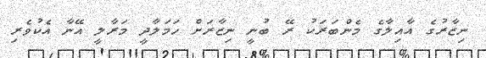
ނިޒާރުގެ އާއިލާގެ މެންބަރަކު ރޭ ބުނީ ނިޒާރަށް ހަމަލާދީ މަރާލީ އޭނާ އެކުވެރި